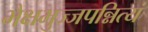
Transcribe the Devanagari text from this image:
भैक्षभुज्जपन्नित्यं